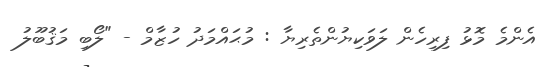
އެންމެ މޮޅު ފިރިހެން ލަވަކިޔުންތެރިޔާ : މުޙައްމަދު ހުޒާމް - "ލޯބި މަޤުބޫލު